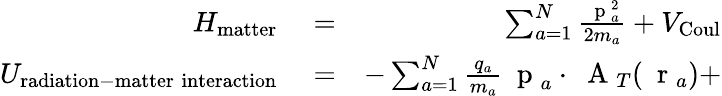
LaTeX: \begin{array}{rlr}{H_{\mathrm{matter}}}&{{}=}&{\sum_{a=1}^{N}\frac{\mathrm{~\mathbf~p~}_{a}^{2}}{2m_{a}}+V_{\mathrm{Coul}}}\\ {U_{\mathrm{radiation-matter\; interaction}}}&{{}=}&{-\sum_{a=1}^{N}\frac{q_{a}}{m_{a}}\mathrm{~\mathbf~p~}_{a}\cdot\mathrm{~\mathbf~A~}_{T}(\mathrm{~\mathbf~r~}_{a})+}\end{array}